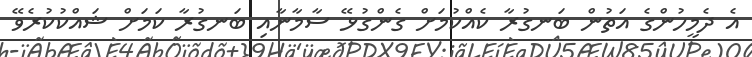
އެ ދެމީހުންގެ އަތުން ބަނގުރާ ކެއްކުމަށް ގެންގުޅޭ ސާމާނާއި ބަނގުރާ ކަމަށް ޝައްކުކުރެވޭ